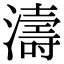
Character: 濤